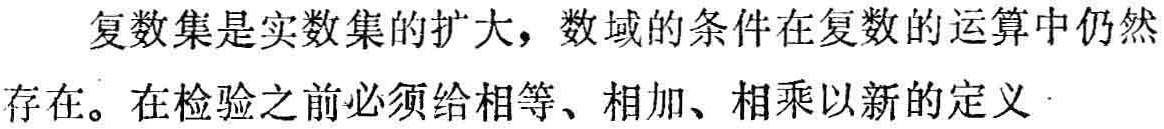
复数集是实数集的扩大，数域的条件在复数的运算中仍然
存在。在检验之前必须给相等、相加、相乘以新的定义